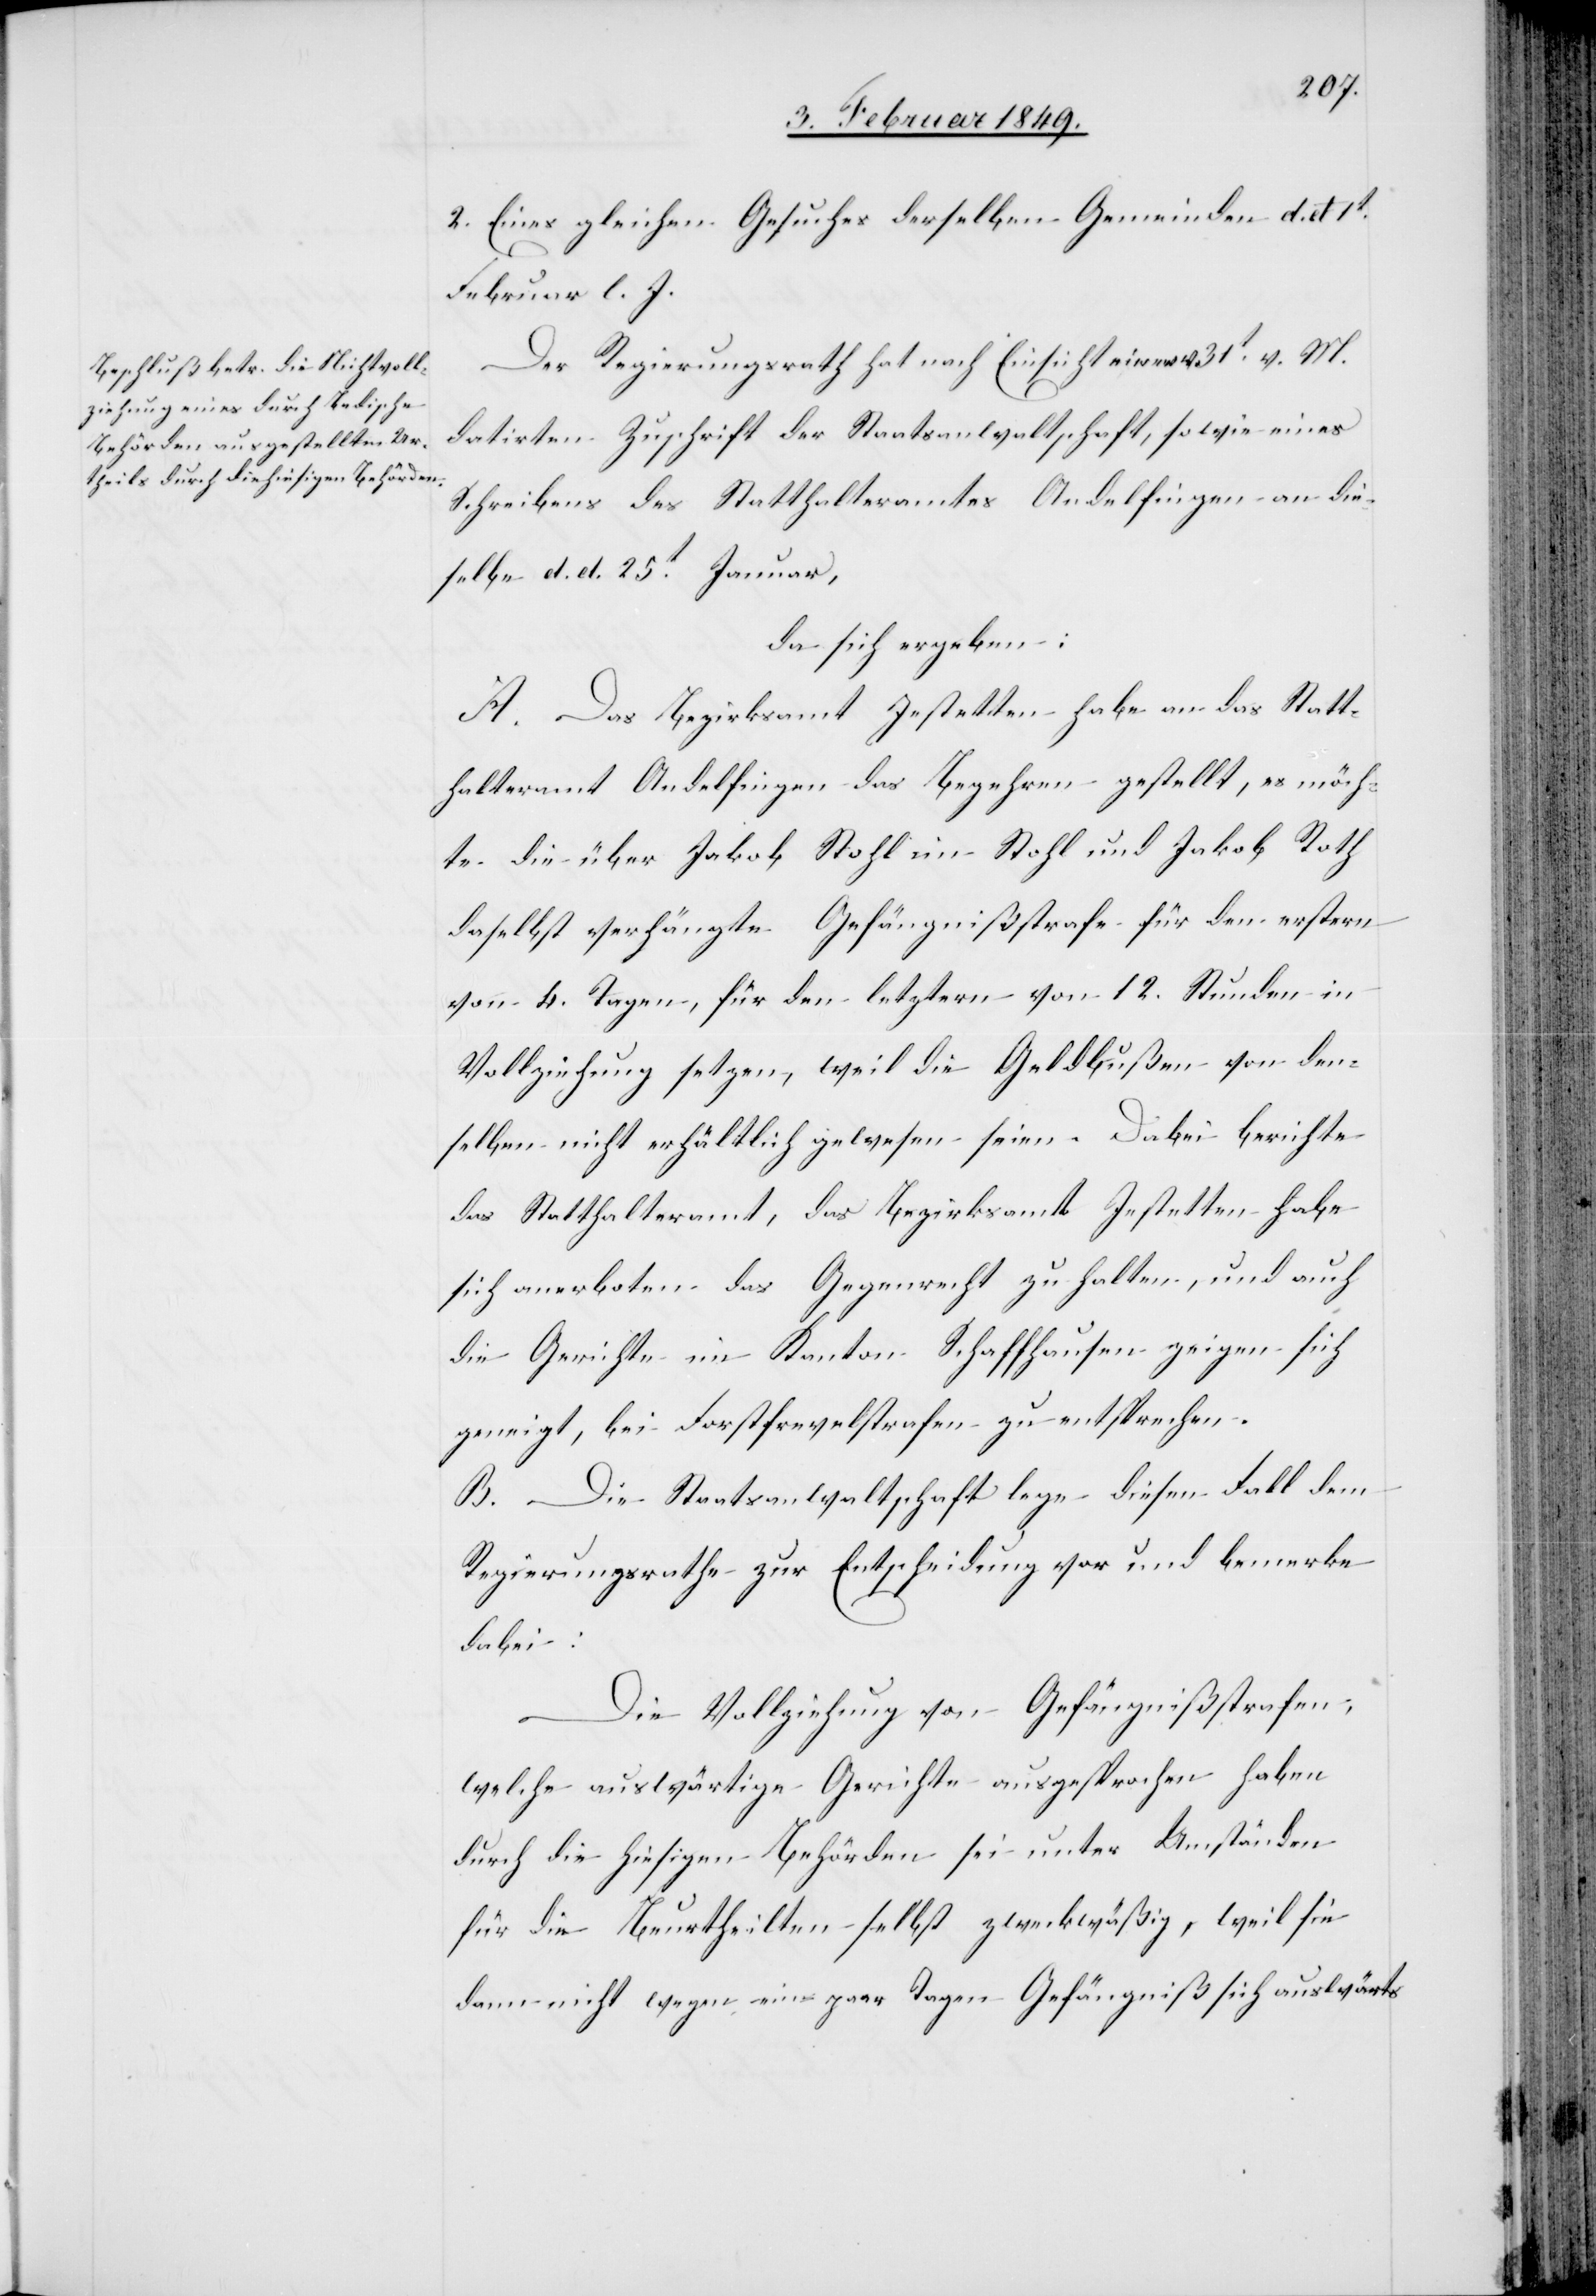
2. Eines gleichen Gesuches derselben Gemeinden d. d 1t.
Februar l. J.
Der Regierungsrath hat nach Einsicht einer v. 31t. v. M.
datirten Zuschrift der Staatsanwaltschaft, sowie eines
Schreibens des Statthalteramtes Andelfingen an die¬
selbe d. d. 25t. Januar,
da sich ergeben:
A. Das Bezirksamt Jestetten habe an das Statt¬
halteramt Andelfingen das Begehren gestellt, es möch¬
te die über Jakob Stohl im Stohl und Jakob Roth
daselbst verhängte Gefängnißstrafe für den erstern
von 4. Tagen, für den letztern von 12. Stunden in
Vollziehung setzen, weil die Geldbußen von den¬
selben nicht erhältlich gewesen seien. Dabei berichte
das Statthalteramt, das Bezirksamt Jestetten habe
sich anerboten das Gegenrecht zu halten, und auch
die Gerichte im Kanton Schaffhausen zeigen sich
geneigt, bei Forstfrevelstrafen zu entsprechen.
B. Die Staatsanwaltschaft lege diesen Fall dem
Regierungsrathe zur Entscheidung vor und bemerke
dabei:
Die Vollziehung von Gefängnißstrafen,
welche auswärtige Gerichte ausgesprochen haben
durch die hiesigen Behörden sei unter Umständen
für die Beurtheilten selbst zweckmäßig, weil sie
dann nicht wegen ein paar Tagen Gefängniß sich auswärts